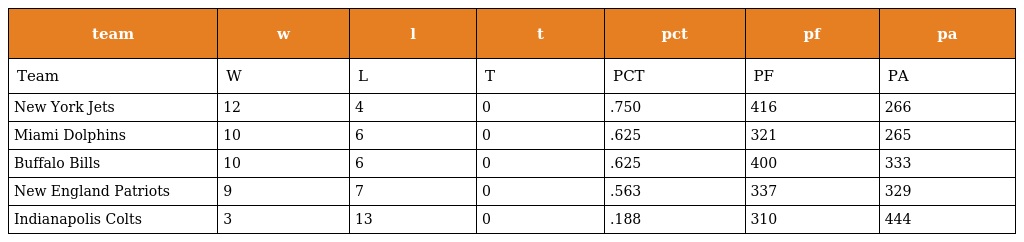
| team | w | l | t | pct | pf | pa |
 | --- | --- | --- | --- | --- | --- | --- |
 | Team | W | L | T | PCT | PF | PA |
 | New York Jets | 12 | 4 | 0 | .750 | 416 | 266 |
 | Miami Dolphins | 10 | 6 | 0 | .625 | 321 | 265 |
 | Buffalo Bills | 10 | 6 | 0 | .625 | 400 | 333 |
 | New England Patriots | 9 | 7 | 0 | .563 | 337 | 329 |
 | Indianapolis Colts | 3 | 13 | 0 | .188 | 310 | 444 |